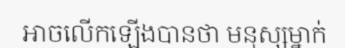
អាចលើកឡើងបានថា មនុស្សម្នាក់